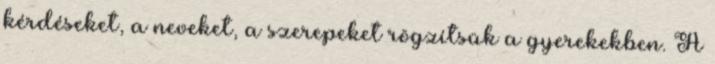
kérdéseket, a neveket, a szerepeket rögzítsük a gyerekekben. A